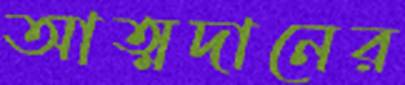
আত্মদানের